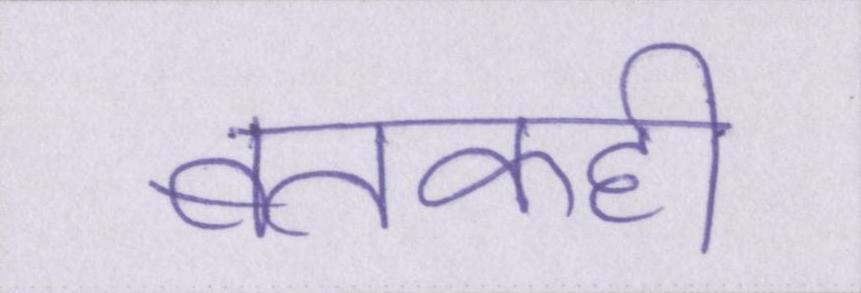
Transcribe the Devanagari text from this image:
बतकही